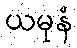
ယမုနံ